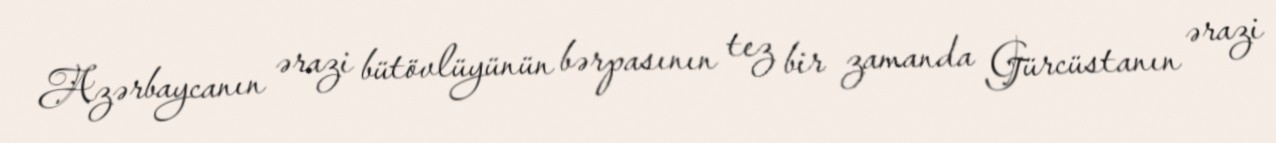
Azərbaycanın ərazi bütövlüyünün bərpasının tez bir zamanda Gürcüstanın ərazi